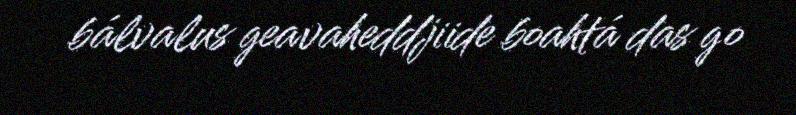
bálvalus geavaheddjiide boahtá das go